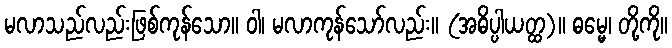
မလာသည်လည်းဖြစ်ကုန်သော။ ဝါ၊ မလာကုန်သော်လည်း။ (အဓိပ္ပါယတ္ထ)။ ဓမ္မေ၊ တို့ကို။